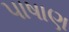
પાષાણ